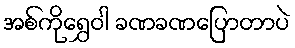
အစ်ကိုရွှေဝါ ခဏခဏပြောတာပဲ